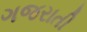
ગજરાતી